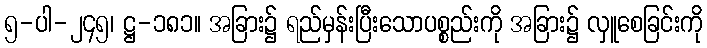
၅-ပါ-၂၄၅၊ ဋ္ဌ-၁၈၁။ အခြား၌ ရည်မှန်းပြီးသောပစ္စည်းကို အခြား၌ လှူစေခြင်းကို